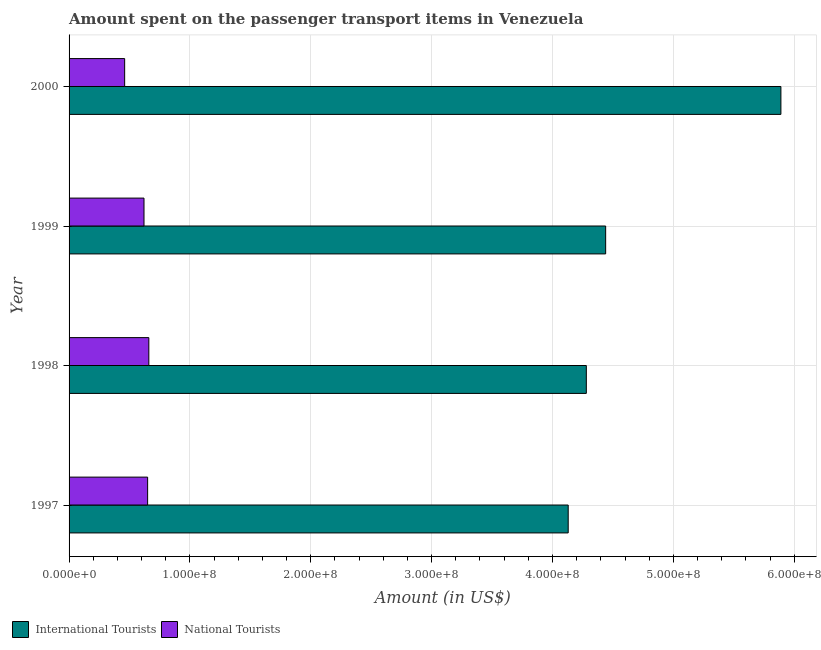
| Year | International Tourists | National Tourists |
 | --- | --- | --- |
 | 1997 | 4.13e+08 | 6.5e+07 |
 | 1998 | 4.28e+08 | 6.6e+07 |
 | 1999 | 4.44e+08 | 6.2e+07 |
 | 2000 | 5.89e+08 | 4.6e+07 |